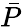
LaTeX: \bar{P}